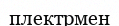
плектрмен